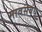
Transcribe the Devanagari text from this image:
मावसबंधू